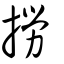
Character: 撈